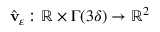
\hat { \mathbf { v } } _ { \ensuremath { \varepsilon } } \colon \mathbb { R } \times \Gamma ( 3 \delta ) \rightarrow \mathbb { R } ^ { 2 }